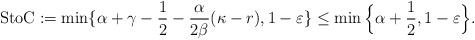
LaTeX: \begin{align*} \textup{StoC} := \min\{\alpha+\gamma-\frac{1}{2}-\frac{\alpha}{2\beta} (\kappa- r), 1-\varepsilon\}\leq \min\Big\{ \alpha + \frac{1}{2}, 1 - \varepsilon \Big\}.\end{align*}